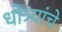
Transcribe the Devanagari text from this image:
धोत्र्यांचे